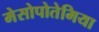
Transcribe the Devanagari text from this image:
मेसोपोतेमिया